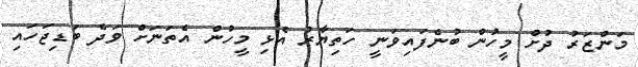
މަންޒަރު ދުށް މީހުން ބުނެފައިވަނީ ހަތިޔާރު އެޅި މީހުން އެތަނަށް ވަދެ ބަޑިޖަހައި